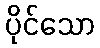
ပိုင်သော